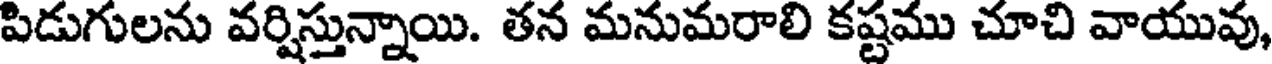
పిడుగులను వర్షిస్తున్నాయి. తన మనుమరాలి కష్టము చూచి వాయువు,